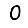
Digit: 0